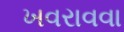
ખવરાવવા